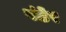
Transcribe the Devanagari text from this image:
पंढेर